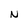
Character: N